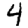
Digit: 4